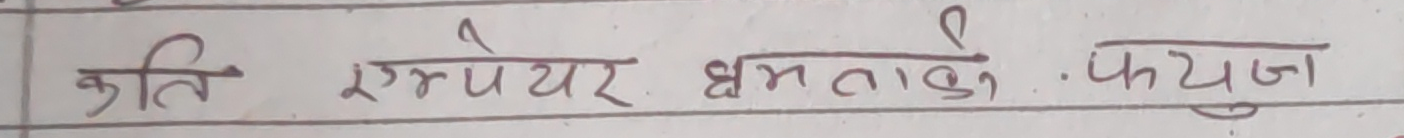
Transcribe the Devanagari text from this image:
कृति एम्पियर क्षमताको .फायज